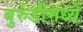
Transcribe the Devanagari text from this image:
बुरुंडीमध्ये